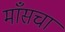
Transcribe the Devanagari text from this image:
माँसचा